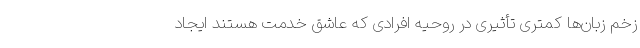
زخم زبان‌ها کمتری تأثیری در روحیه افرادی که عاشق خدمت هستند ایجاد